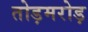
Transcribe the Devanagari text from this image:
तोड़मरोड़